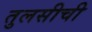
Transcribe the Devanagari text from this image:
तुलसीची